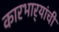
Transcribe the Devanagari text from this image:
कारभार्‍यांची